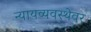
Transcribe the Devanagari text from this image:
न्यायव्यवस्थेवर